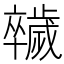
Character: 𣦮